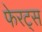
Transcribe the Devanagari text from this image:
फेरट्स